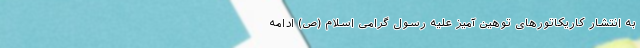
به انتشار کاریکاتورهای توهین آمیز علیه رسول گرامی اسلام (ص) ادامه